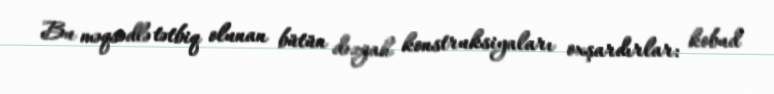
Bu məqsədlə tətbiq olunan bütün dəzgah konstruksiyaları oxşardırlar: kobud